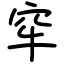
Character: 窂